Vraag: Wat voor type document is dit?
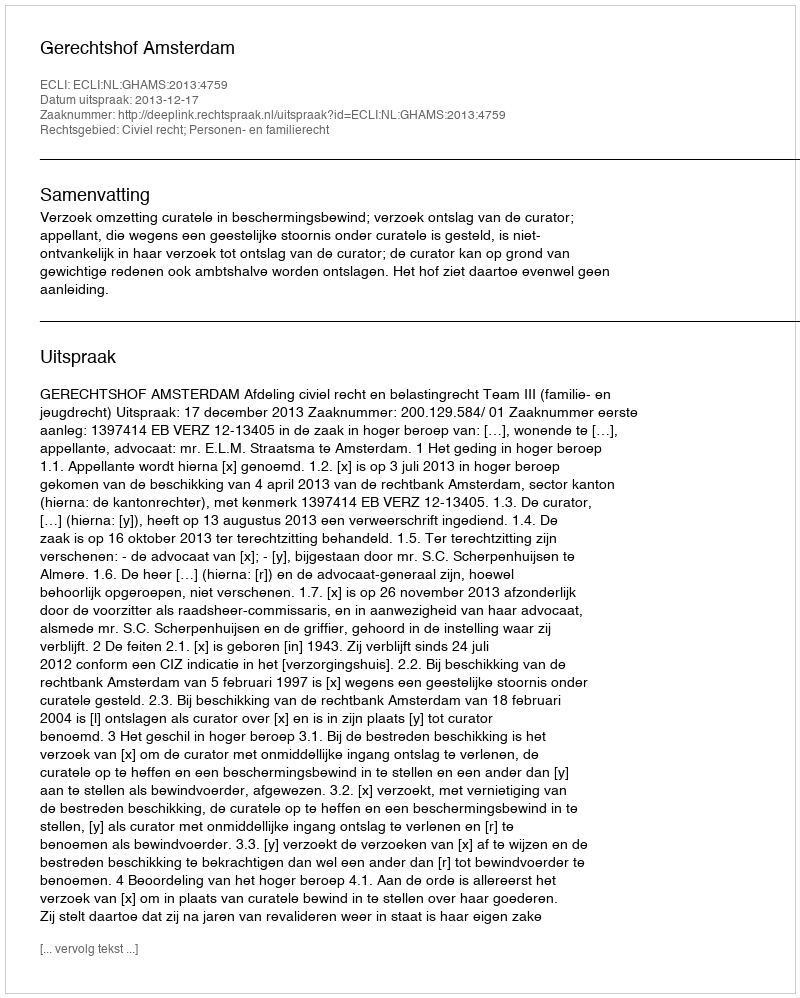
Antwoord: Uitspraak